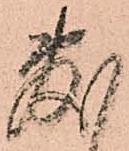
敷